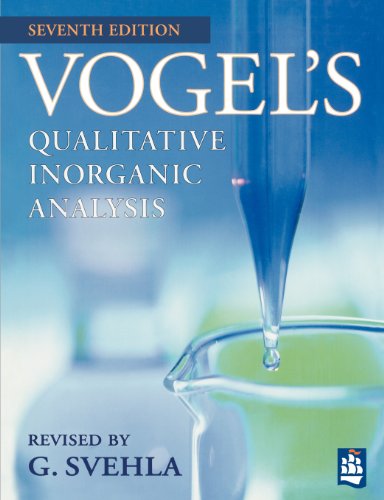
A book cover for Vogel's Qualitative Inorganic Analysis (7th Edition); G. Svehla; Science & Math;